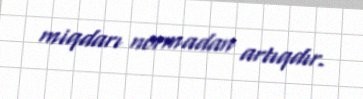
miqdarı normadan artıqdır.